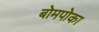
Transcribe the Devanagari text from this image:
बोमपोका